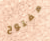
مفتوح